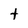
Character: t